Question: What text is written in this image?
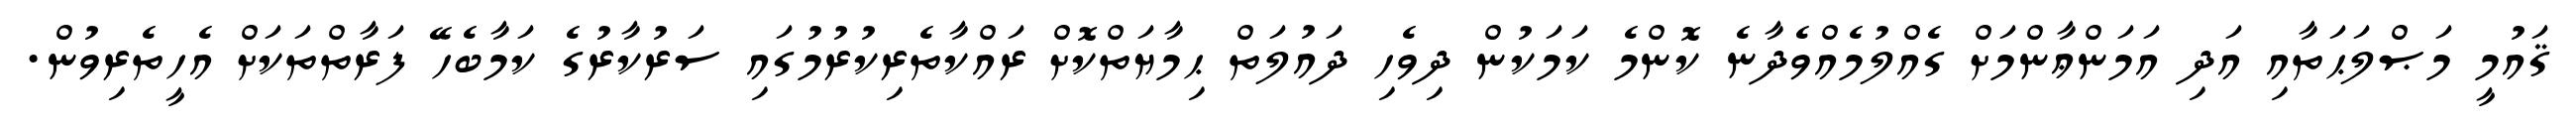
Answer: ޤައުމީ މަޞްލަޙަތާއި އަދި އަމަންޢާންމަށް ގެއްލުމެއްވެދާނެ ކޮންމެ ކަމަކުން ދިވެހި ދައުލަތް ޙިމާޔަތްކޮށް ރައްކާތެރިކުރުމުގައި ސަރުކާރުގެ ކަމާބެހޭ ފަރާތްތަކަށް އެހީތެރިވުން.